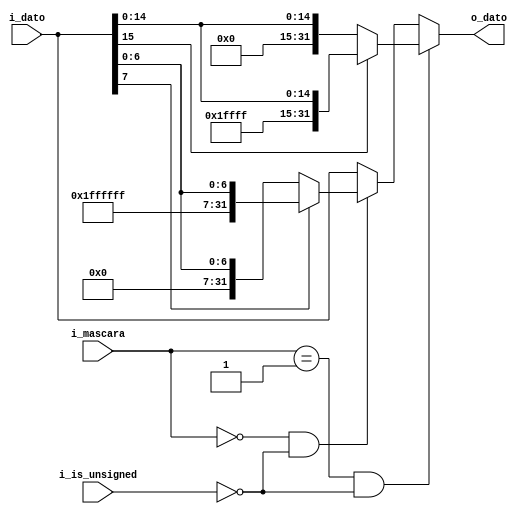
`timescale 1ns / 1ps
//////////////////////////////////////////////////////////////////////////////////
// Company: 
// Engineer: 
// 
// Design Name: 
// Module Name: signador
// Project Name: 
// Target Devices: 
// Tool Versions: 
// Description: 
// 
// Dependencies: 
// 
// Revision:
// Revision 0.01 - File Created
// Additional Comments:
// 
//////////////////////////////////////////////////////////////////////////////////


module signador
#(
    parameter TAM_DATO  = 32,
    parameter TAM_MASK  = 2
 )
 (
    input                         i_is_unsigned,
    input   [TAM_MASK-1 : 0]      i_mascara,
    input   [TAM_DATO-1 : 0]      i_dato,
    output  [TAM_DATO-1 : 0]      o_dato
 );
    reg [TAM_DATO-1 : 0] reg_data_out;
    
    always@(*)
    begin       
        if(i_mascara == 2'b01 && (~i_is_unsigned))
            reg_data_out = (i_dato[15] == 1) ? {16'b1111111111111111, i_dato[15:0]} : {16'b0, i_dato[15:0]};
        else if(i_mascara == 2'b00 && (~i_is_unsigned))
            reg_data_out = (i_dato[7] == 1) ? {24'b111111111111111111111111, i_dato[7:0]} : {24'b0, i_dato[7:0]};
        else
            reg_data_out = i_dato;
    end

    assign o_dato  = reg_data_out;
endmodule